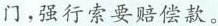
门，强行索要赔偿款。